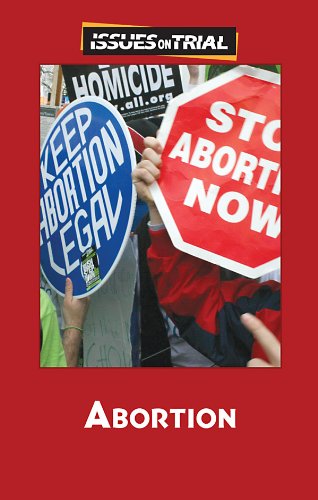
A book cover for Abortion (Issues on Trial); Teen & Young Adult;